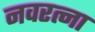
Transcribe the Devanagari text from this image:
नवरत्ना